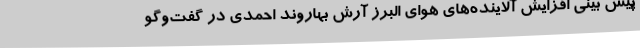
پیش بینی افزایش آلاینده‌های هوای البرز آرش بهاروند احمدی در گفت‌وگو